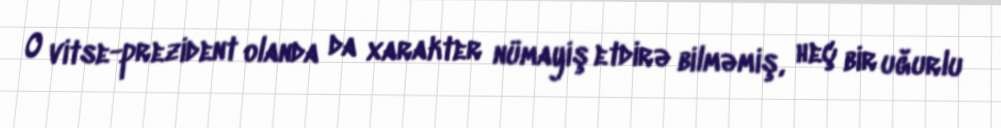
O vitse-prezident olanda da xarakter nümayiş etdirə bilməmiş, heç bir uğurlu